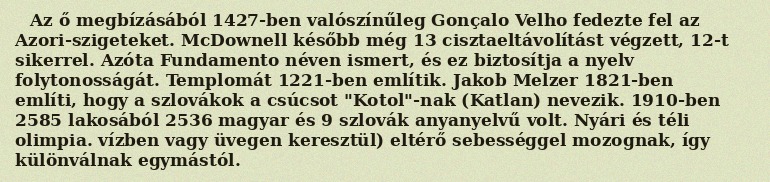
Az ő megbízásából 1427-ben valószínűleg Gonçalo Velho fedezte fel az Azori-szigeteket. McDownell később még 13 cisztaeltávolítást végzett, 12-t sikerrel. Azóta Fundamento néven ismert, és ez biztosítja a nyelv folytonosságát. Templomát 1221-ben említik. Jakob Melzer 1821-ben említi, hogy a szlovákok a csúcsot "Kotol"-nak (Katlan) nevezik. 1910-ben 2585 lakosából 2536 magyar és 9 szlovák anyanyelvű volt. Nyári és téli olimpia. vízben vagy üvegen keresztül) eltérő sebességgel mozognak, így különválnak egymástól.